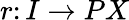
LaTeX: r\colon I\to PX